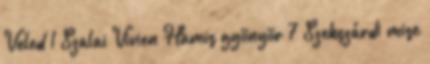
Veled 1 Szalai Vivien Hamis gyönyör 7 Szekszárdi mise